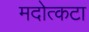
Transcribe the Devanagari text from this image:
मदोत्कटा